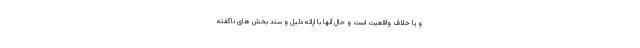
و یا خلاف واقعیت است و حال آنها با ارائه دلیل و سند بخش های ناگفته